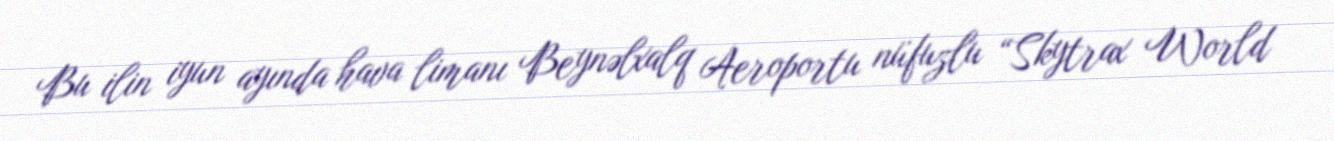
Bu ilin iyun ayında hava limanı Beynəlxalq Aeroportu nüfuzlu “Skytrax World